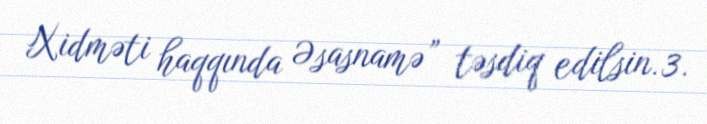
Xidməti haqqında Əsasnamə” təsdiq edilsin.3.